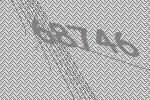
68746